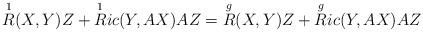
LaTeX: \begin{align*}\overset{1}{R} (X,Y)Z + \overset{1}{R}ic (Y,AX) AZ = \overset{g}{R} (X,Y)Z + \overset{g}{R}ic(Y,AX) A Z \end{align*}